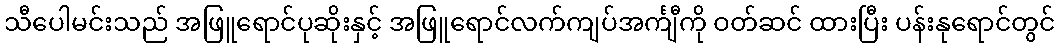
သီပေါမင်းသည် အဖြူရောင်ပုဆိုးနှင့် အဖြူရောင်လက်ကျပ်အင်္ကျီကို ဝတ်ဆင် ထားပြီး ပန်းနုရောင်တွင်